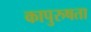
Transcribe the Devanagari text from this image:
कापुरुषता